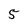
Character: 5